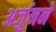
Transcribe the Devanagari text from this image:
अर्जुनने